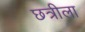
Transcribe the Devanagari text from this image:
छत्रीला